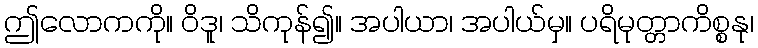
ဤလောကကို။ ဝိဒူ၊ သိကုန်၍။ အပါယာ၊ အပါယ်မှ။ ပရိမုတ္တာကိစ္စနု၊